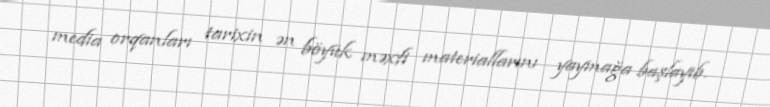
media orqanları tarixin ən böyük məxfi materiallarını yaymağa başlayıb.